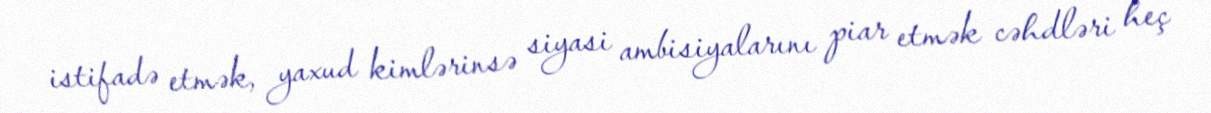
istifadə etmək, yaxud kimlərinsə siyasi ambisiyalarını piar etmək cəhdləri heç